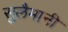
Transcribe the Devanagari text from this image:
सुलैमानी